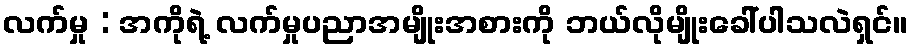
လက်မှု : အကိုရဲ့ လက်မှုပညာအမျိုးအစားကို ဘယ်လိုမျိုးခေါ်ပါသလဲရှင်။